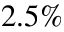
2 . 5 \%